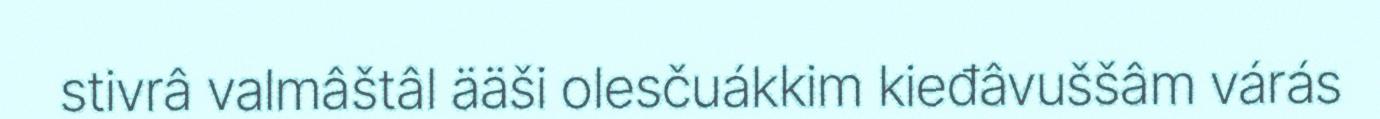
stivrâ valmâštâl ääši olesčuákkim kieđâvuššâm várás